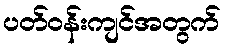
ပတ်ဝန်းကျင်အတွက်